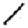
Digit: 1